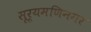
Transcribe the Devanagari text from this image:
सूर्यमणिनगर